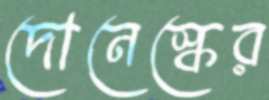
দোনেস্কের